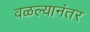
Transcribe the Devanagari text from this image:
वळल्यानंतर